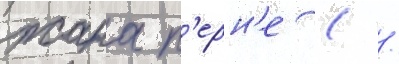
жана п'ерн'е ( /